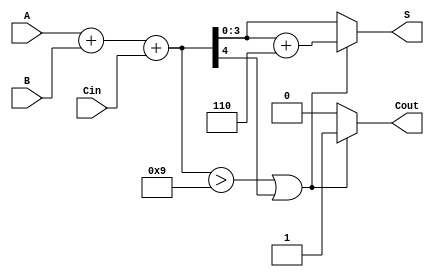
module BCD_Ripple_Carry_Adder (
    input [3:0] A,       // 4-bit BCD input A
    input [3:0] B,       // 4-bit BCD input B
    input Cin,           // Carry input
    output reg [3:0] S,  // 4-bit BCD output
    output reg Cout      // Carry output
);

    // Internal signals for carry and sum
    wire [4:0] sum;      // 5-bit to accommodate carry
    wire correction;      // Correction flag

    // Full Adder logic for binary addition
    assign sum = A + B + Cin;

    // BCD correction logic
    assign correction = (sum > 9) || (sum[4]); // Check if correction is needed

    // Correct the sum if needed
    always @(*) begin
        if (correction) begin
            S = sum + 4'b0110; // Add 6 for BCD correction
            Cout = 1;          // Set carry out
        end else begin
            S = sum[3:0];      // No correction, use sum directly
            Cout = 0;          // No carry out
        end
    end

endmodule